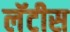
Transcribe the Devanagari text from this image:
लॅटीस